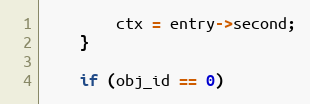
Language: C++
        ctx = entry->second;
    }

    if (obj_id == 0)